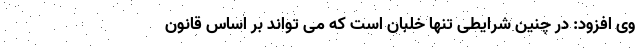
وی افزود: در چنین شرایطی تنها خلبان است که می تواند بر اساس قانون